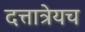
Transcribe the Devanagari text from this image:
दत्तात्रेयच